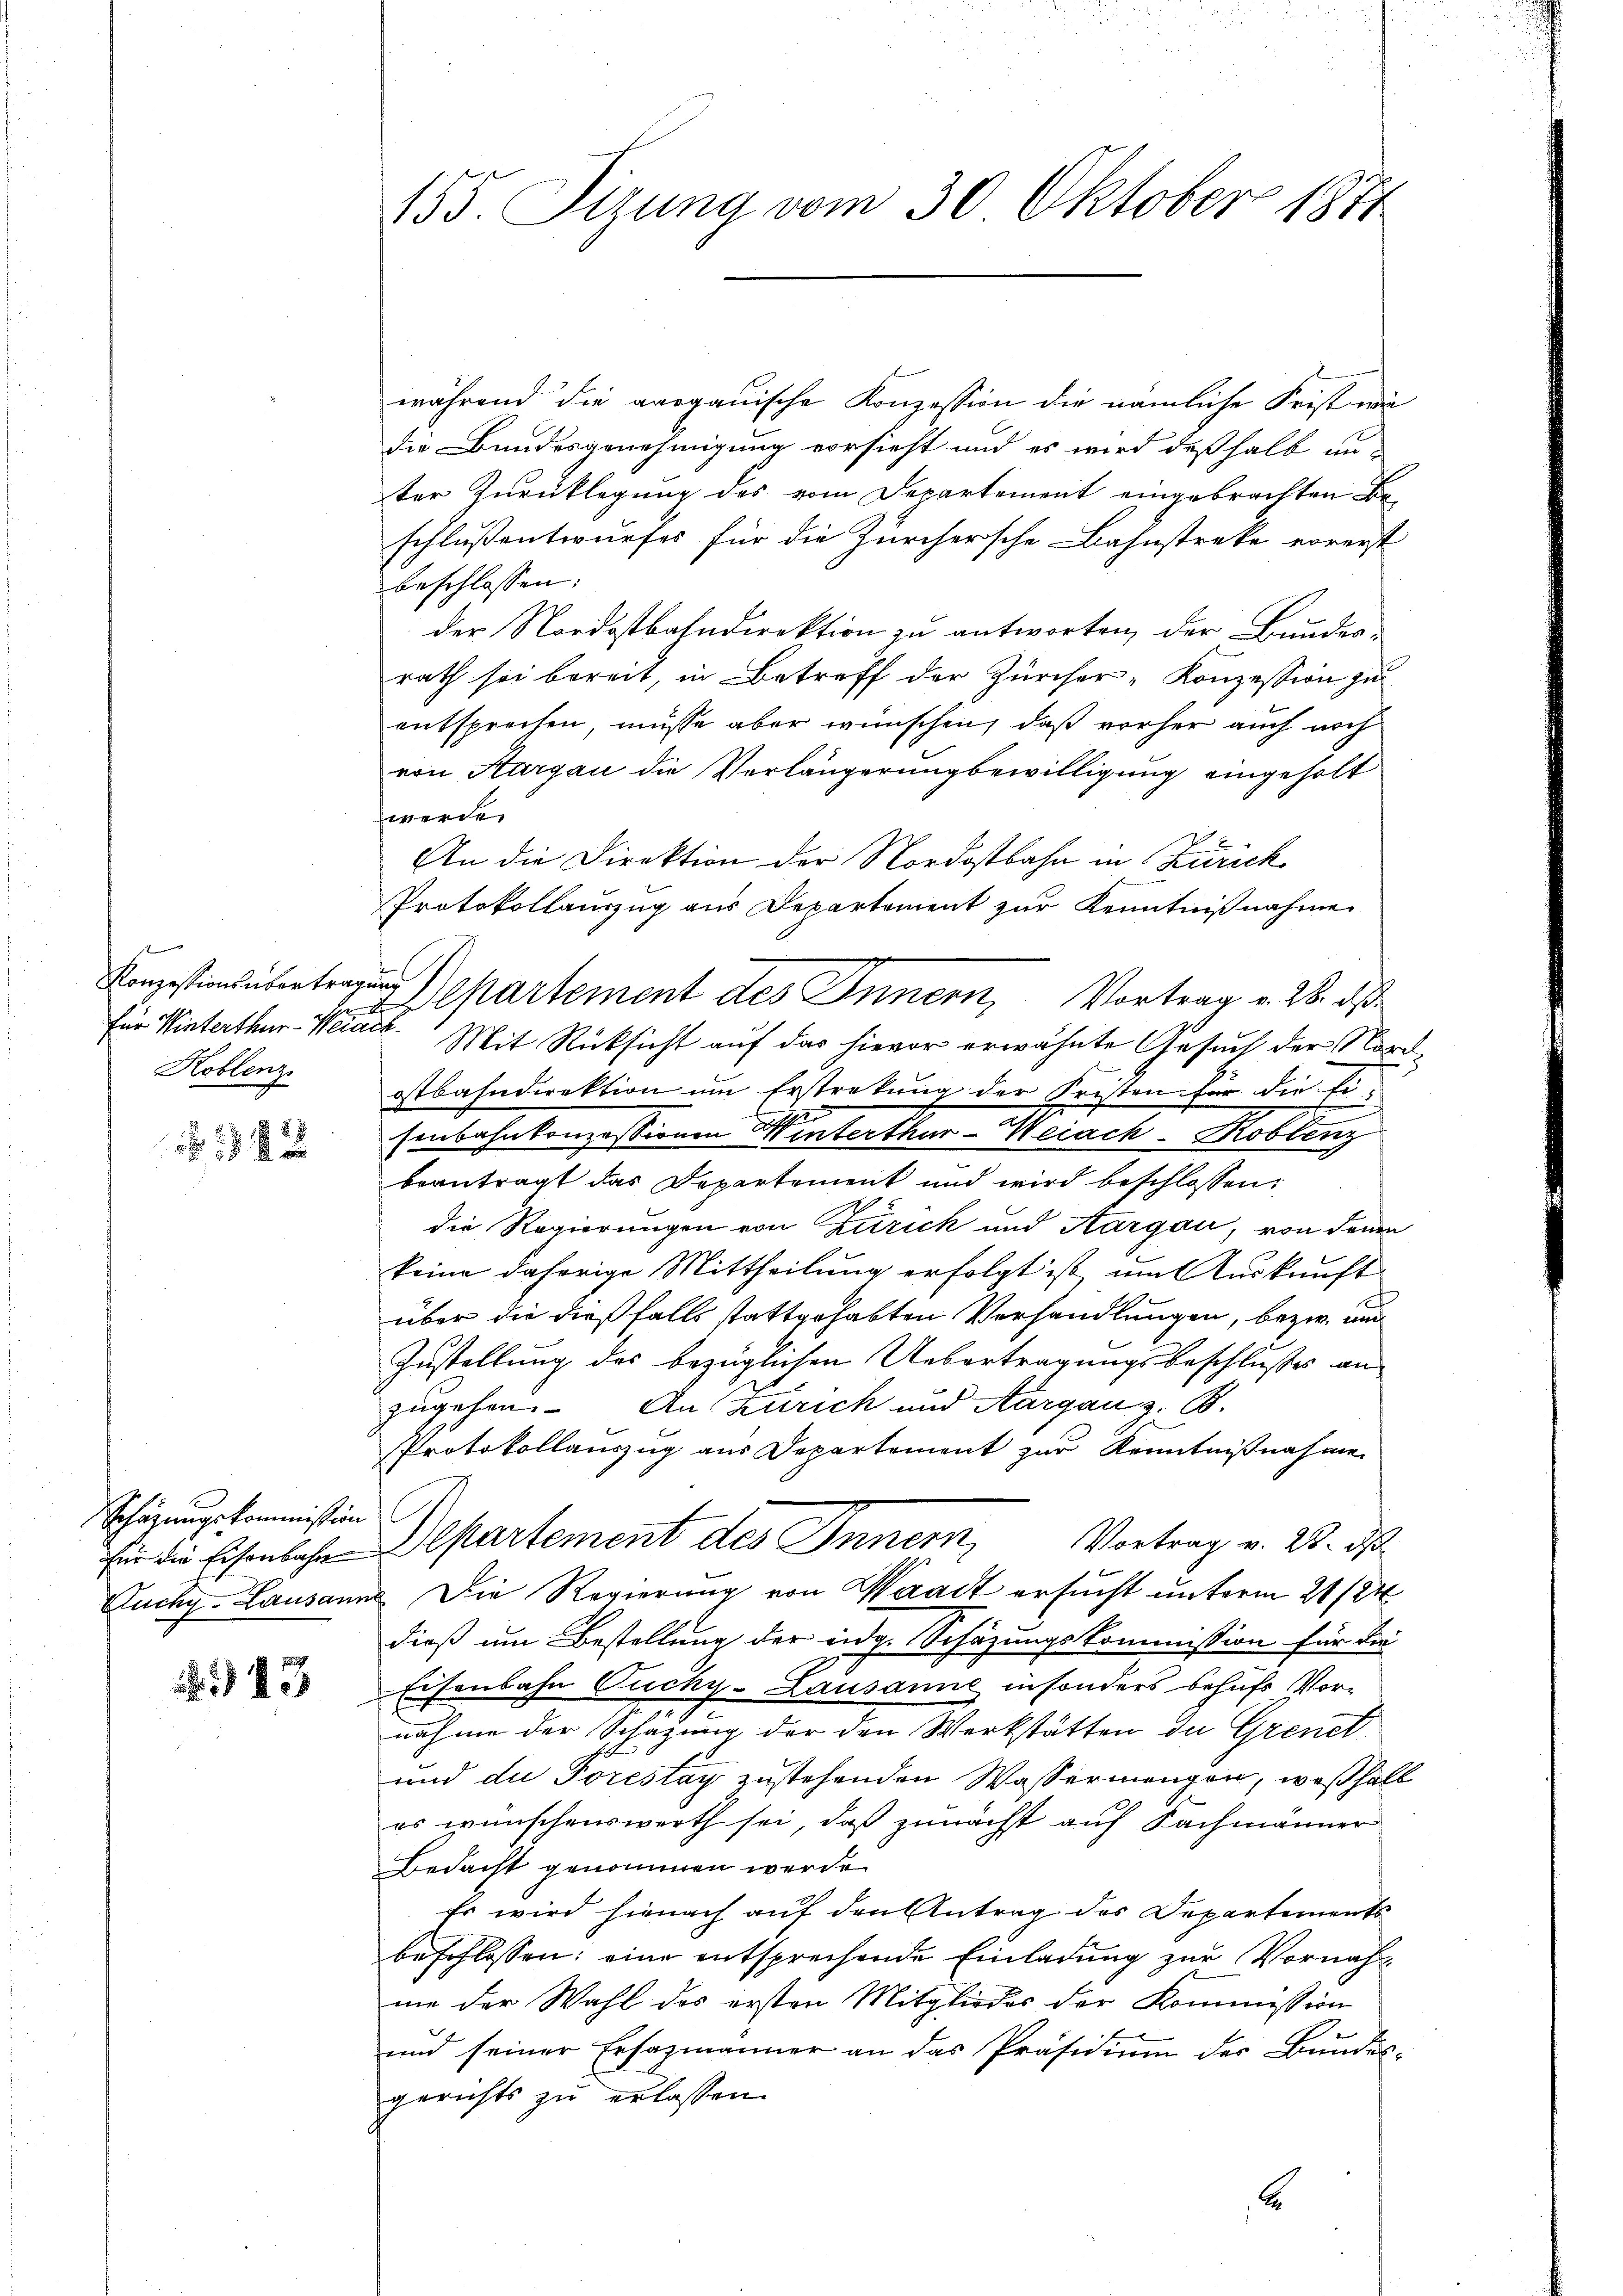
.
E
für Winterthur-Weiach
Koblenz

12 x

Schärungskommission

43

155. Tizung vom 30. Oktober 1871

während die aargauische Konzession die nämliche Frist wi
die Bundesgenehmigung vorsieht und es wird deßhalb an-
ter Zurücklegung des vom Departement eingebrachten Beschlußentwurfes für die Zürchersche Bahnstreke vorerst
beschlossen:
der Nordostbahndirektion zu antworten, der Bauder-
rath sei bereit, in Betreff der Zürcher-Konzession zu
entsprechen, müsse aber wünschen, daß vorher auch noch
von Aargau die Verlängerung bewilligung eingeholt
werde
An die Direktion der Nordostbahn in Zürich
Protokollauszug aus Departement zur Kenntnißnahme
Konstinsübertragung Separtement des Innern, Vortrag v. 28. ds
Mit Rücksicht auf das hievor erwähnte Gesuch der Nord
ostbahndirektion um Erstreckung der Fristen für die Eisenbahnkonzessionen Winterthur–Weiach Koblenz
beantragt das Departement und wird beschlossen:
die Regierungen von Zürich und Aargau, von denn
keine daherige Mittheilung erfolgt ist, um Auskunft
über die dießfalls stattgehabten Verhandlungen, bezw. und
Zustellung des bezüglichen Uebertragungsbeschlußes an
zugehen. An Zürich und Aargau z. B.
PProtokollauszug aus Departement zur Kenntnißnahme
Vortrag v. 28. d
für die Eisenbahn Departement des Innern,
Kuchy-Lausanne Die Regierung von Waadt ersucht unterm 21/24
dieß um Bestellung der eidg. Schazungskommission für die
Eisenbahn Ouchy-Lausanne insonders behufs Vor-
e
nahme der Schätzung der den Werkstätten de Grenet
und die Torestag zustehenden Wassermengen, weßhalb
es wünschenswerth sei, daß zunächst auf Fachmänner
Bedacht genommen werde.
Es wird hienach auf den Antrag des Departements
beschlossen: eine entsprechende Einladung zur Vornahme der Wahl des ersten Mitgliedes der Kommission
und seiner Ersazmänner an das Präsidium der Bundes-
gerichts zu erlassen.
6